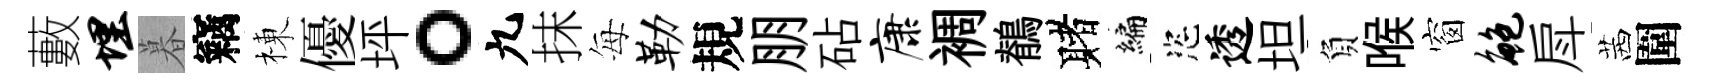
藪埋暮竊棟優坪。九抹每勒規朋砧康裯鶺赌编恣透坦負喉窗鲍戽茜圍